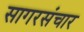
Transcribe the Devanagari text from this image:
सागरसंचार